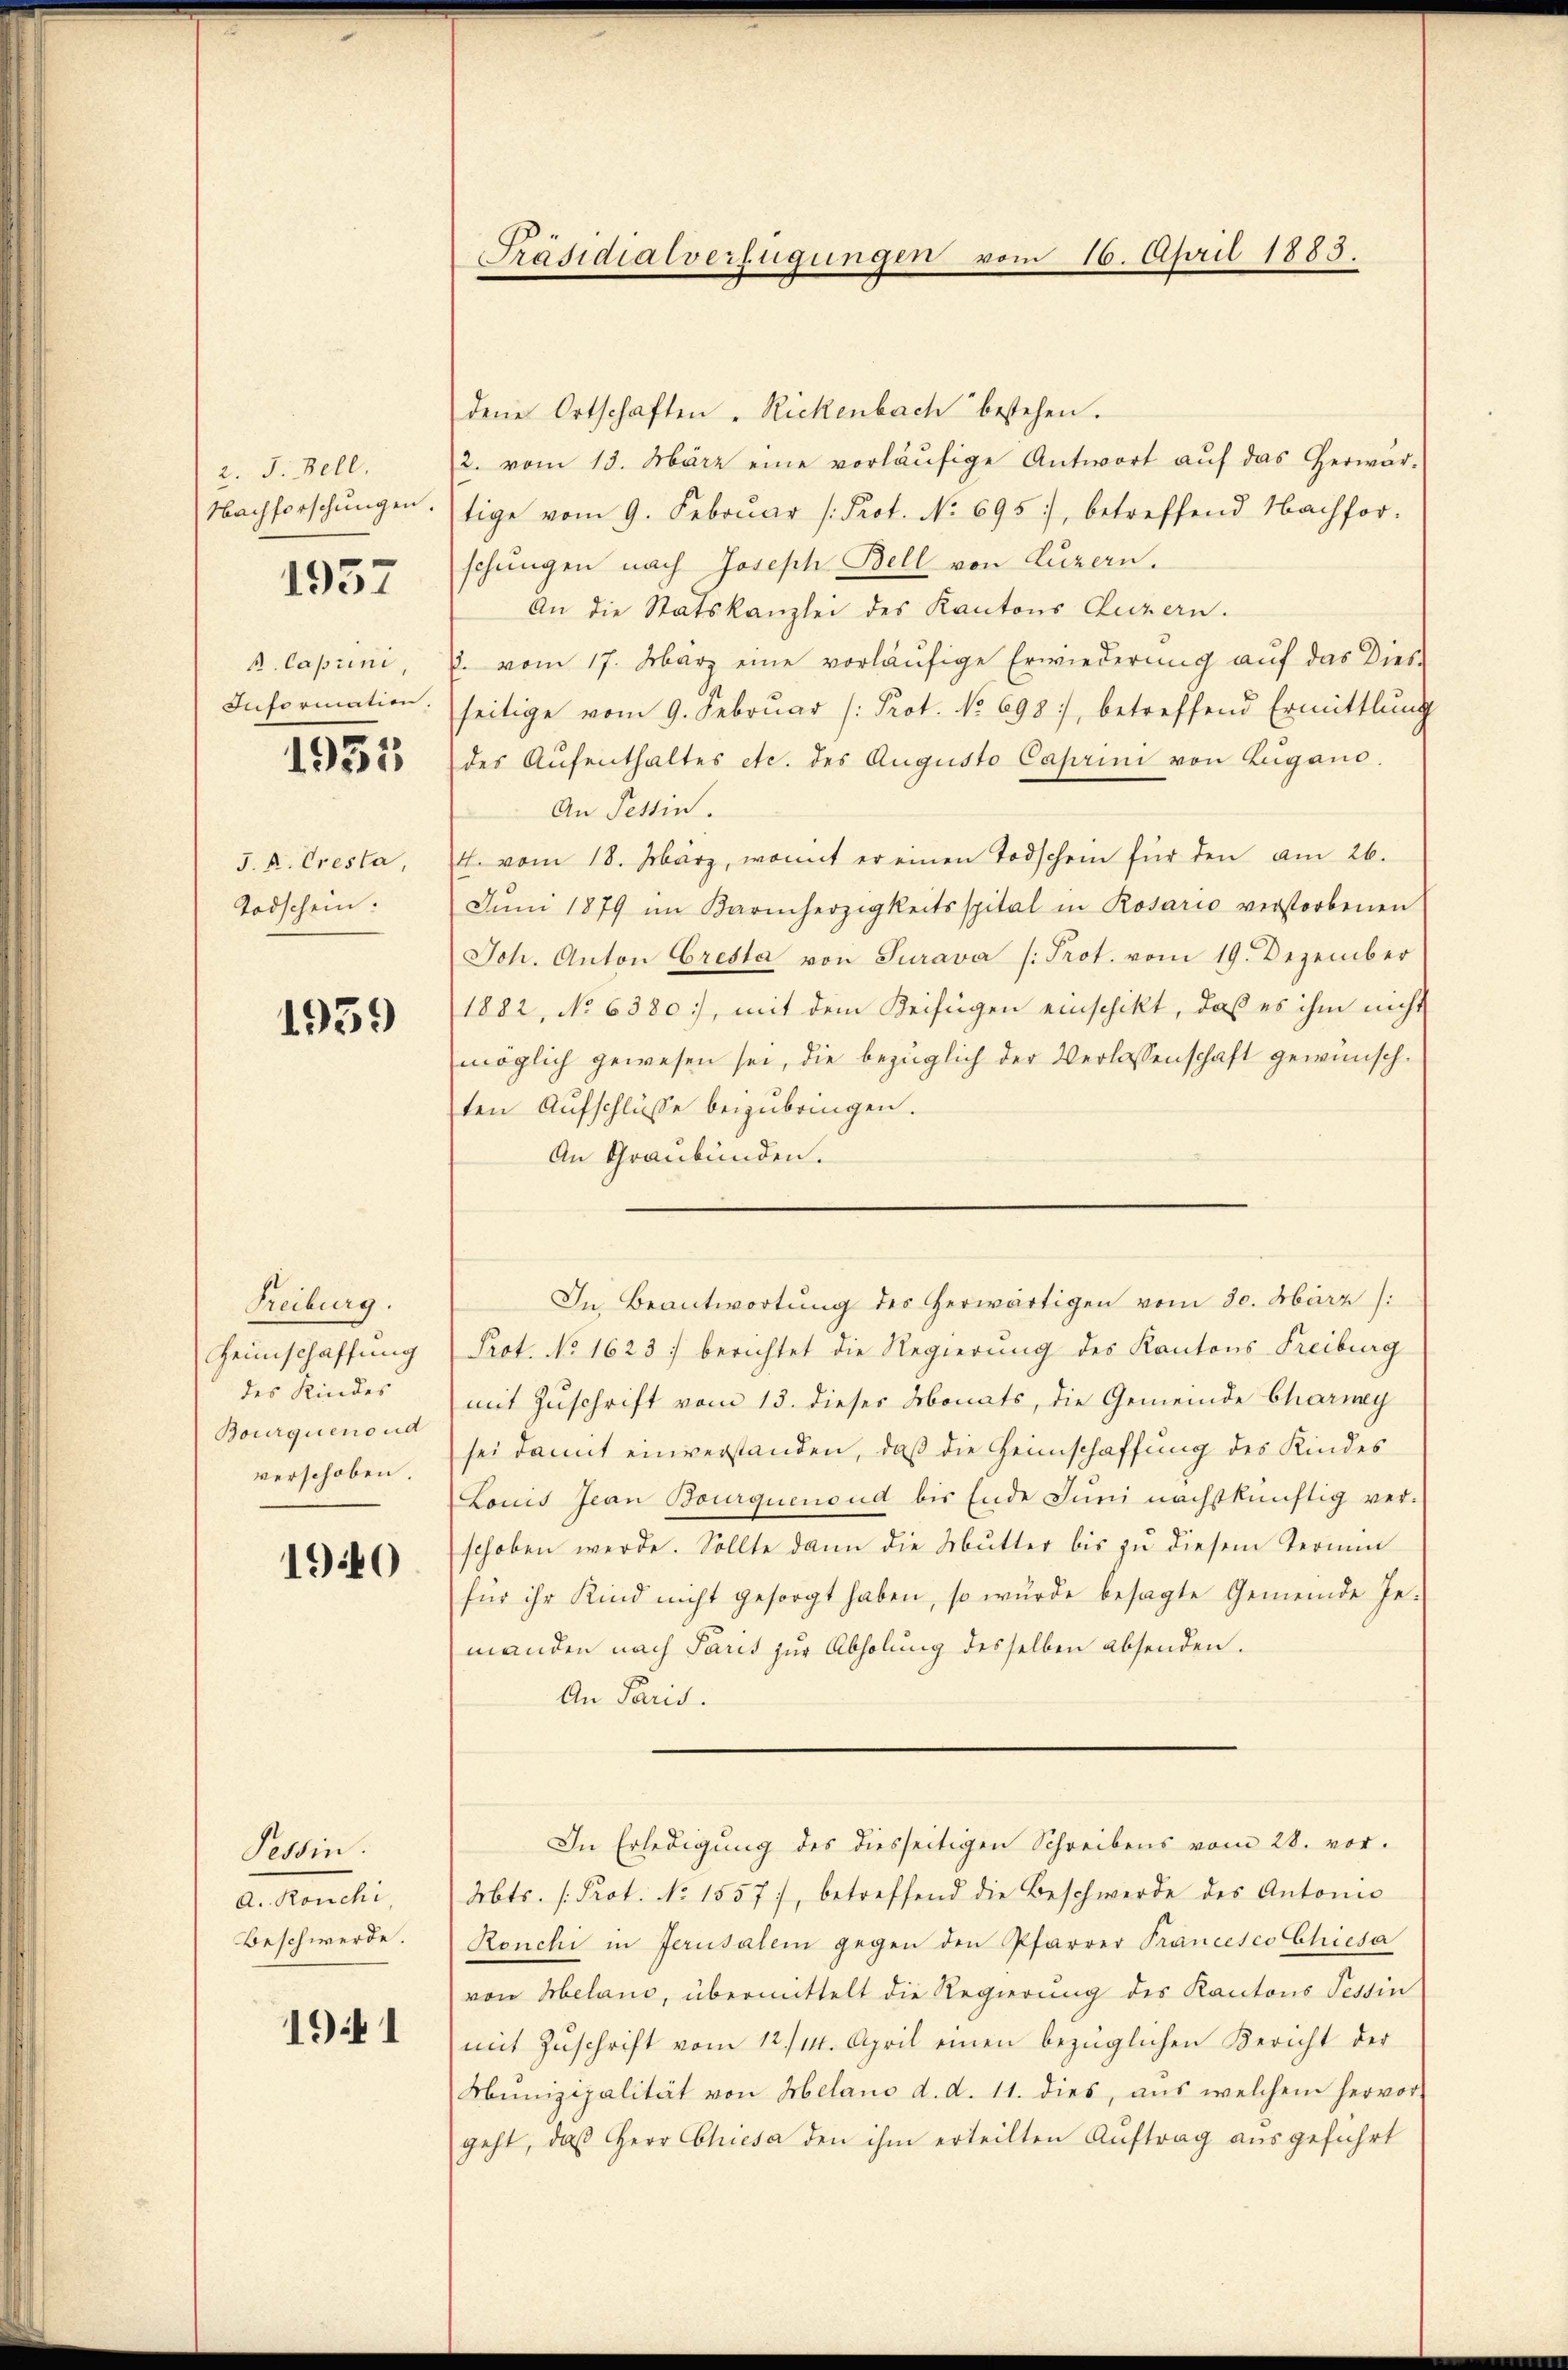
2. J. Bell.
Nachforschungen.

1957

A. Caprini
Information.
1951

J. R. Cresta,
Todschein.

1959

Freiburg.
Heimschaffung
des Kindes
Bourquenoud
verschoben.

1940

Tessin.
a. Ronchi
Beschwerde.

1941

Präsidialverfügungen vom 16. April 1883.

dene Ortschaften „Rickenbach bestehen.
2. vom 13. März eine vorläŭfige Antwort aŭf das Herwar-
tige vom 9. Febrŭar /: Prot. No 695, betreffend Nachfor-
schungen nach Joseph Bell von Luzern.
An die Statskanzlei des Kantons Luzern.
. vom 17. März eine vorläufige Erwiederung auf das Dies-
seitige vom 9. Febrŭar (: Prot. No 698, betreffend Ermittlung
des Aŭfenthaltes etc. des Augusto Caprin von Lugano.
An Tessin.
4. vom 18. März, womit er einen Todschein für den am 26.
Jŭni 1879 im Barmherzigkeitsspital in Rosario verstorbenen
Joh. Anton Cresta von Surava /: Prot. vom 19. Dezember
1882, No 6380), mit dem Beifügen einschikt, daß es ihm nicht
möglich gewesen sei, die bezüglich der Verlassenschaft gewünsch-
ten Aufschlüsse beizubringen.
An Graubünden.
In Beantwortung des herwärtigen vom 30. März /:
Prot. No 1623 berichtet die Regierung des Kantons Freiburg
mit Zuschrift vom 13. dieses Monats, die Gemeinde Charnny
sei damit einverstanden, daß die Heimschaffung des Kindes
Lonis Jean Bourquenoud bis Ende Juni nächstkünftig verschoben werde. Sollte dann die Mutter bis zu diesem Termin
für ihr Kind nicht gesorgt haben, so würde besagte Gemeinde Ge-
manden nach Paris zur Abholung desselben absenden.
An Paris.
In Erledigung des diesseitigen Schreibens vom 28. vor-
Mts. [Prot. No 1557, betreffend die Beschwerde des Antonis
Ronchi in Jerusalem gegen den Pfarrer Francesco Chiesa
von Melanc, übermittelt die Regierung des Kantons Tessin
mit Zŭschrift vom 12./14. April einen bezüglichen Bericht der
Munizipalität von Melano d. d. 11. dies, aus welchem hervor-
geht, daß Herr Chiesa den ihm erteilten Auftrag ausgeführt